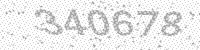
Solution: 340678